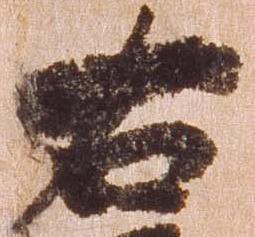
右